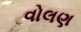
વોલણ